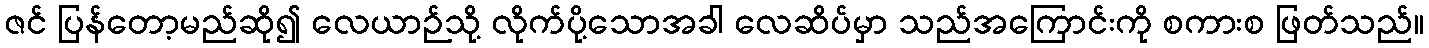
ဇင် ပြန်တော့မည်ဆို၍ လေယာဉ်သို့ လိုက်ပို့သောအခါ လေဆိပ်မှာ သည်အကြောင်းကို စကားစ ဖြတ်သည်။